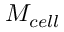
M _ { c e l l }